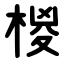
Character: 椶